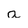
Character: a